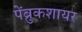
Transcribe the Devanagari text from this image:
पेंब्रुकशायर